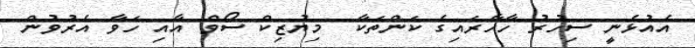
އެއުޅެނީ ސިހުރު ހާހާރައިގެ ކަންތަކާ  މިޔުޒިކް ސޯވް އާއި ހަވާ އެރުވުން